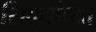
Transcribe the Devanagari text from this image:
सिद्द्यांच्या